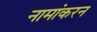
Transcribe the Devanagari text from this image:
नामांकरन